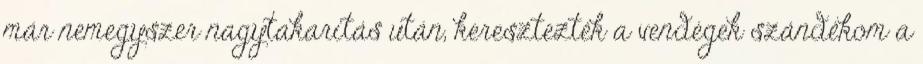
már nemegyszer nagytakarítás után, keresztezték a vendégek szándékom a